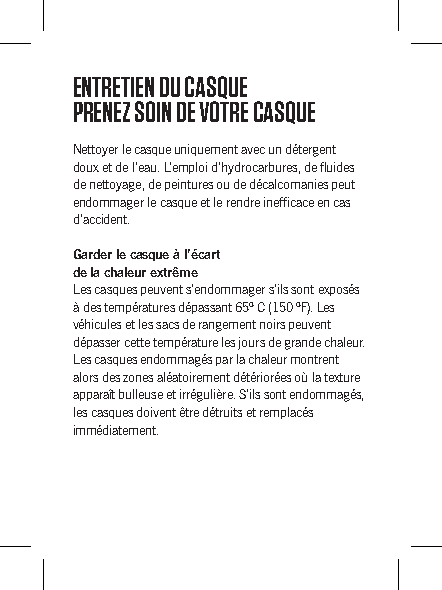
ENTRETIEN DU CASQUE
 PRENEZ SOIN DE VOTRE CASQUE
 Nettoyer le casque uniquement avec un détergent
 doux et de l’eau. L’emploi d’hydrocarbures, de fluides
 de nettoyage, de peintures ou de décalcomanies peut
 endommager le casque et le rendre inefficace en cas
 d’accident.
 Garder le casque à l’écart
 de la chaleur extrême
 Les casques peuvent s’endommager s’ils sont exposés
 à des températures dépassant 65º C (150 ºF). Les
 véhicules et les sacs de rangement noirs peuvent
 dépasser cette température les jours de grande chaleur.
 Les casques endommagés par la chaleur montrent
 alors des zones aléatoirement détériorées où la texture
 apparaît bulleuse et irrégulière. S’ils sont endommagés,
 les casques doivent être détruits et remplacés
 immédiatement.